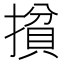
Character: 𰔢